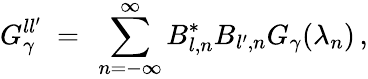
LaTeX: G_{\gamma}^{ll^{\prime}}\ =\ \sum_{n=-\infty}^{\infty}B_{l,n}^{\ast}B_{l^{\prime},n}G_{\gamma}(\lambda_{n})\, ,